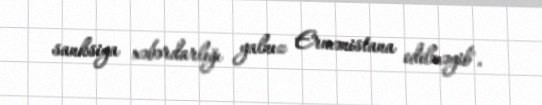
sanksiya xəbərdarlığı yalnız Ermənistana edilməyib".